Madras plague regulations in force outside the Presidency town - Volume 3
Disease focus: Plague
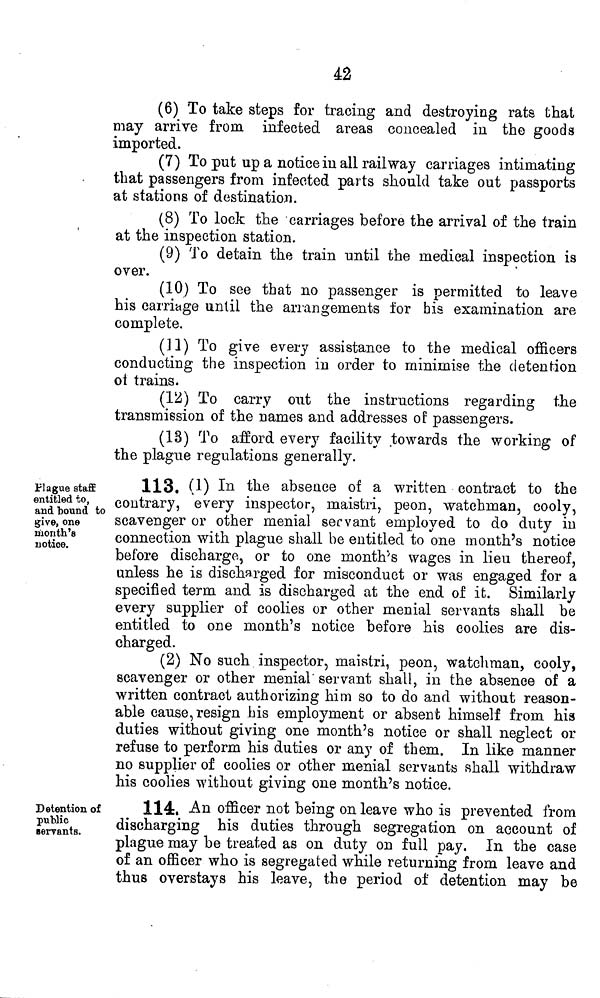
42
(6) To take steps for tracing and destroying rats that
may arrive from, infected areas concealed in the goods
imported.
(7) To put up a notice in all railway carriages intimating
that passengers from infected parts should take out passports
at stations of destination.
(8) To lock the carriages before the arrival of the train
at the inspection station.
(9) To detain the train until the medical inspection is
over.
(10) To see that no passenger is permitted to leave
his carriage until the arrangements for his examination are
complete.
(11) To give every assistance to the medical officers
conducting the inspection in order to minimise the detention
ot trains.
(13) To carry out the instructions regarding the
transmission of the names and addresses of passengers.
(13) To afford every facility towards the working of
the plague regulations generally.
Plague staff
entitled to,
and bound to
give, one
month's
notice.
113. (1) In the absence of a written contract to the
contrary, every inspector, maistri, peon, watchman, cooly,
scavenger or other menial servant employed to do duty in
connection with plague shall be entitled to one month's notice
before discharge, or to one month's wages in lieu thereof,
unless he is discharged for misconduct or was engaged for a
specified term and is discharged at the end of it. Similarly
every supplier of coolies or other menial servants shall be
entitled to one month's notice before his coolies are dis-
charged.
(2) No such inspector, maistri, peon, watchman, cooly,
scavenger or other menial servant shall, in the absence of a
written contract authorizing him so to do and without reason-
able cause, resign bis employment or absent himself from his
duties without giving one month's notice or shall neglect or
refuse to perform his duties or any of them. In like manner
no supplier of coolies or other menial servants shall withdraw
his coolies without giving one month's notice.
Detention of
public
servants.
114, An officer not being on leave who is prevented from
discharging his duties through segregation on account of
plague may be treated as on duty on full pay. In the case
of an officer who is segregated while returning from leave and
thus overstays his leave, the period of detention may be